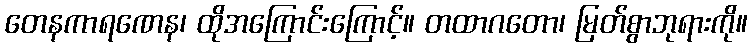
တေနကာရဏေန၊ ထိုအကြောင်းကြောင့်။ တထာဂတော၊ မြတ်စွာဘုရားကို။